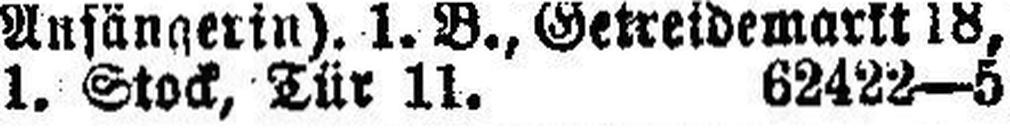
1. Stock, Tür 11. 62422—5